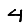
Digit: 4